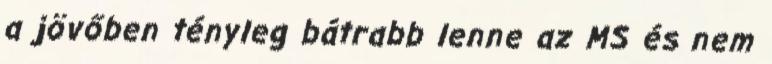
a jövőben tényleg bátrabb lenne az MS és nem